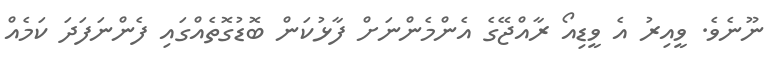
ނޫނެވެ. ވީއިރު އެ ވީޑިއޯ ރާއްޖޭގެ އެންމެންނަށް ފާޅުކަން ބޮޑުގޮތެއްގައި ފެންނަފަދަ ކަމެއް